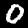
Digit: 0